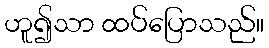
ဟူ၍သာ ထပ်ပြောသည်။